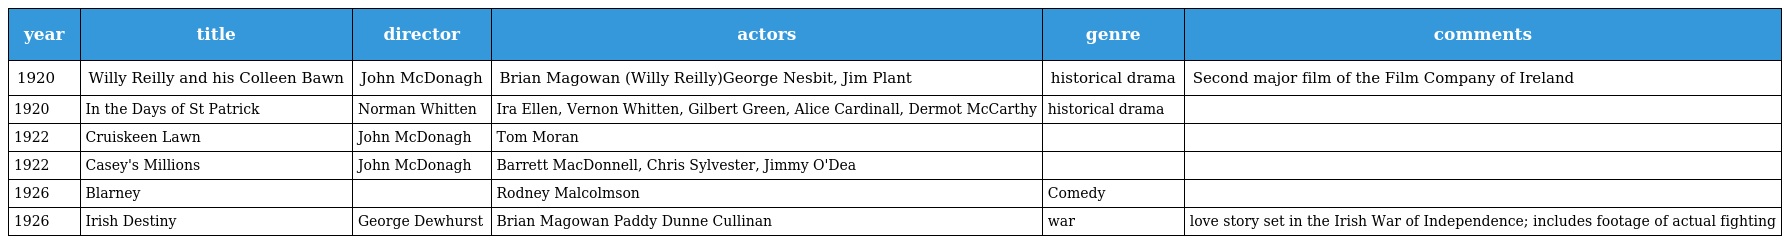
| year | title | director | actors | genre | comments |
 | --- | --- | --- | --- | --- | --- |
 | 1920 | Willy Reilly and his Colleen Bawn | John McDonagh | Brian Magowan (Willy Reilly)George Nesbit, Jim Plant | historical drama | Second major film of the Film Company of Ireland |
 | 1920 | In the Days of St Patrick | Norman Whitten | Ira Ellen, Vernon Whitten, Gilbert Green, Alice Cardinall, Dermot McCarthy | historical drama |  |
 | 1922 | Cruiskeen Lawn | John McDonagh | Tom Moran |  |  |
 | 1922 | Casey's Millions | John McDonagh | Barrett MacDonnell, Chris Sylvester, Jimmy O'Dea |  |  |
 | 1926 | Blarney |  | Rodney Malcolmson | Comedy |  |
 | 1926 | Irish Destiny | George Dewhurst | Brian Magowan Paddy Dunne Cullinan | war | love story set in the Irish War of Independence; includes footage of actual fighting |